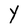
Character: Y